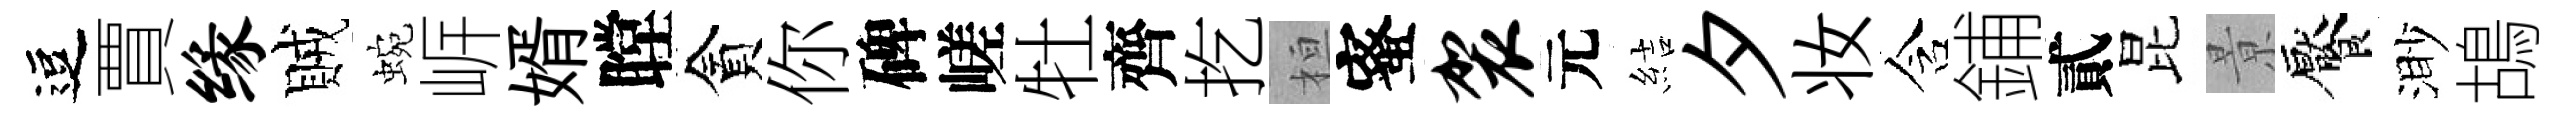
逗賈缘賊蜿㟁婿瞠貪你碑嵯牡齊扢桓蜜袈元結夕妆含鋪貳昆㬌饜渺鴣